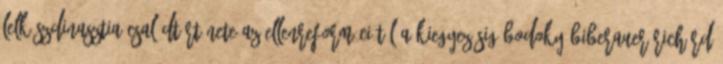
lelkészdinasztia családtörténete az ellenreformációtól a kiegyezésig Bodoky Biberauer Richárd